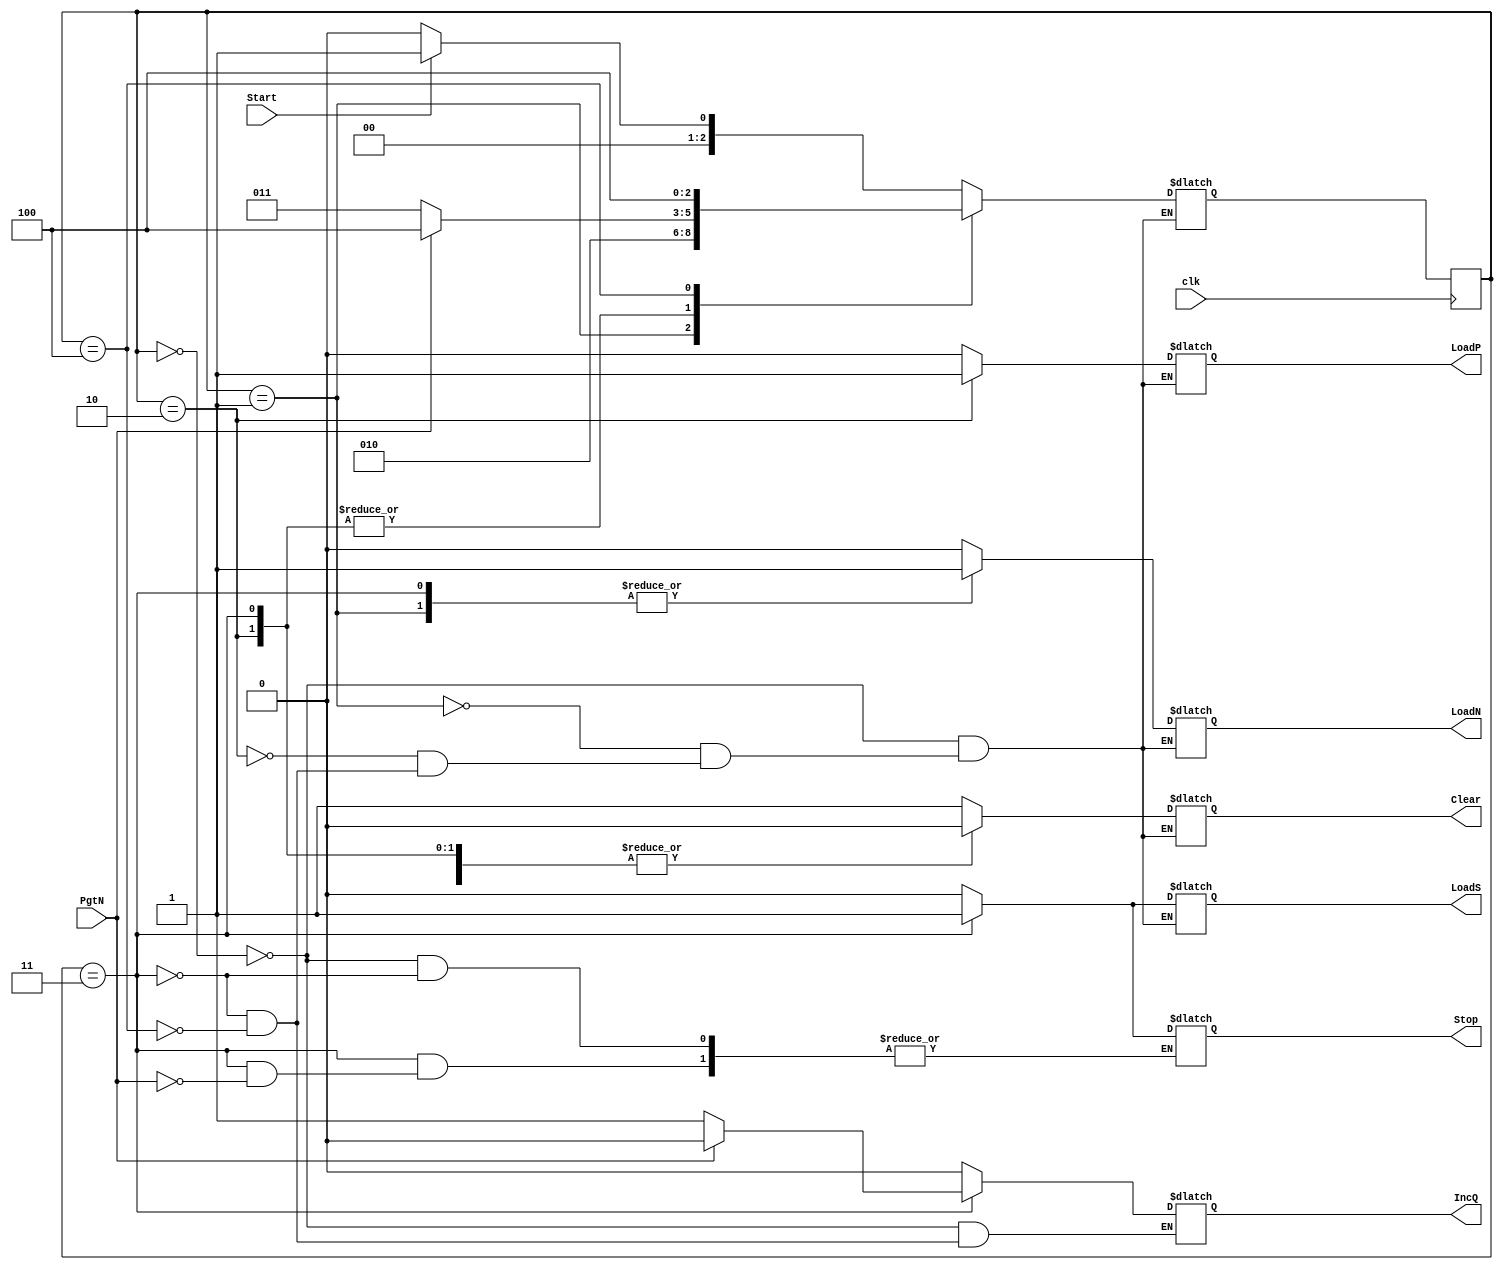
module div_ctrlpath (
  output reg LoadN, 
  output reg LoadP, 
  output reg LoadS,
  output reg Clear, 
  output reg IncQ, 
  output reg Stop, 
  input clk, 
  input PgtN, 
  input Start
);
  
  localparam  S0 = 3'b000,
              S1 = 3'b001,
              S2 = 3'b010,
              S3 = 3'b011,
              S4 = 3'b100;
  
  reg [2:0] next_state = S0;
  reg [2:0] state = S0;
  
  always @ (posedge clk) begin
    state <= next_state;
  end
  
  
  always @ (*) begin
    
    case (state)
      
      S0: begin
        Clear = 1;
        LoadN = 0; LoadP = 0; LoadS = 0; IncQ = 0; Stop = 0;
        if (Start) next_state = S1;
        else next_state = S0;
      end
      
      S1: begin
        Clear = 0;
        LoadN = 1; LoadS = 0; LoadP = 0; // load N with data_in
        next_state = S2;
      end
      
      S2: begin
        Clear = 0; LoadN = 0; LoadS = 0;
        LoadP = 1;
        if (PgtN) next_state = S4;
        else next_state = S3;
      end
      
      S3: begin
        Clear = 0;
        LoadN = 1; LoadP = 0; LoadS = 1; IncQ = 1; // load N with Sub
        if (PgtN) begin
          Stop = 1; IncQ = 0;
          next_state = S4;
        end
        else next_state = S3;
      end
      
      S4: begin
        Clear = 1;	// end state
        LoadN = 0; LoadP = 0; LoadS = 0; IncQ = 0;
        next_state = S4;
      end
      
    endcase
    
  end
  
endmodule